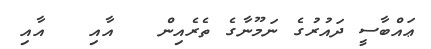
ޢައްބާސީ ދައުރުގެ ނަމޫނާގެ ތެރެއިން   އާއި   އާއި